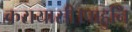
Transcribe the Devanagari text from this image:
करायासी।पाहुनि